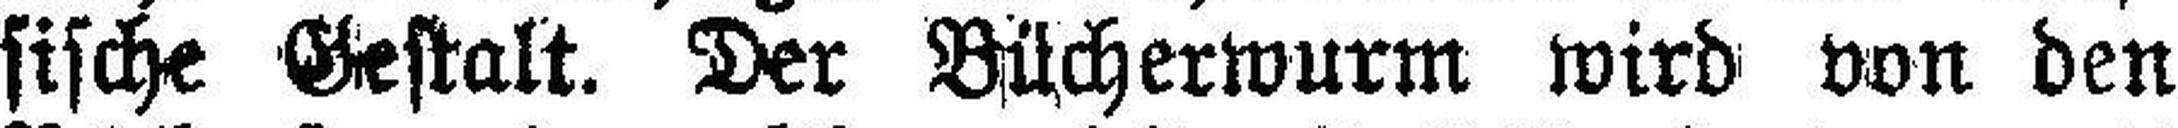
sische Gestalt. Der Bücherwurm wird von den